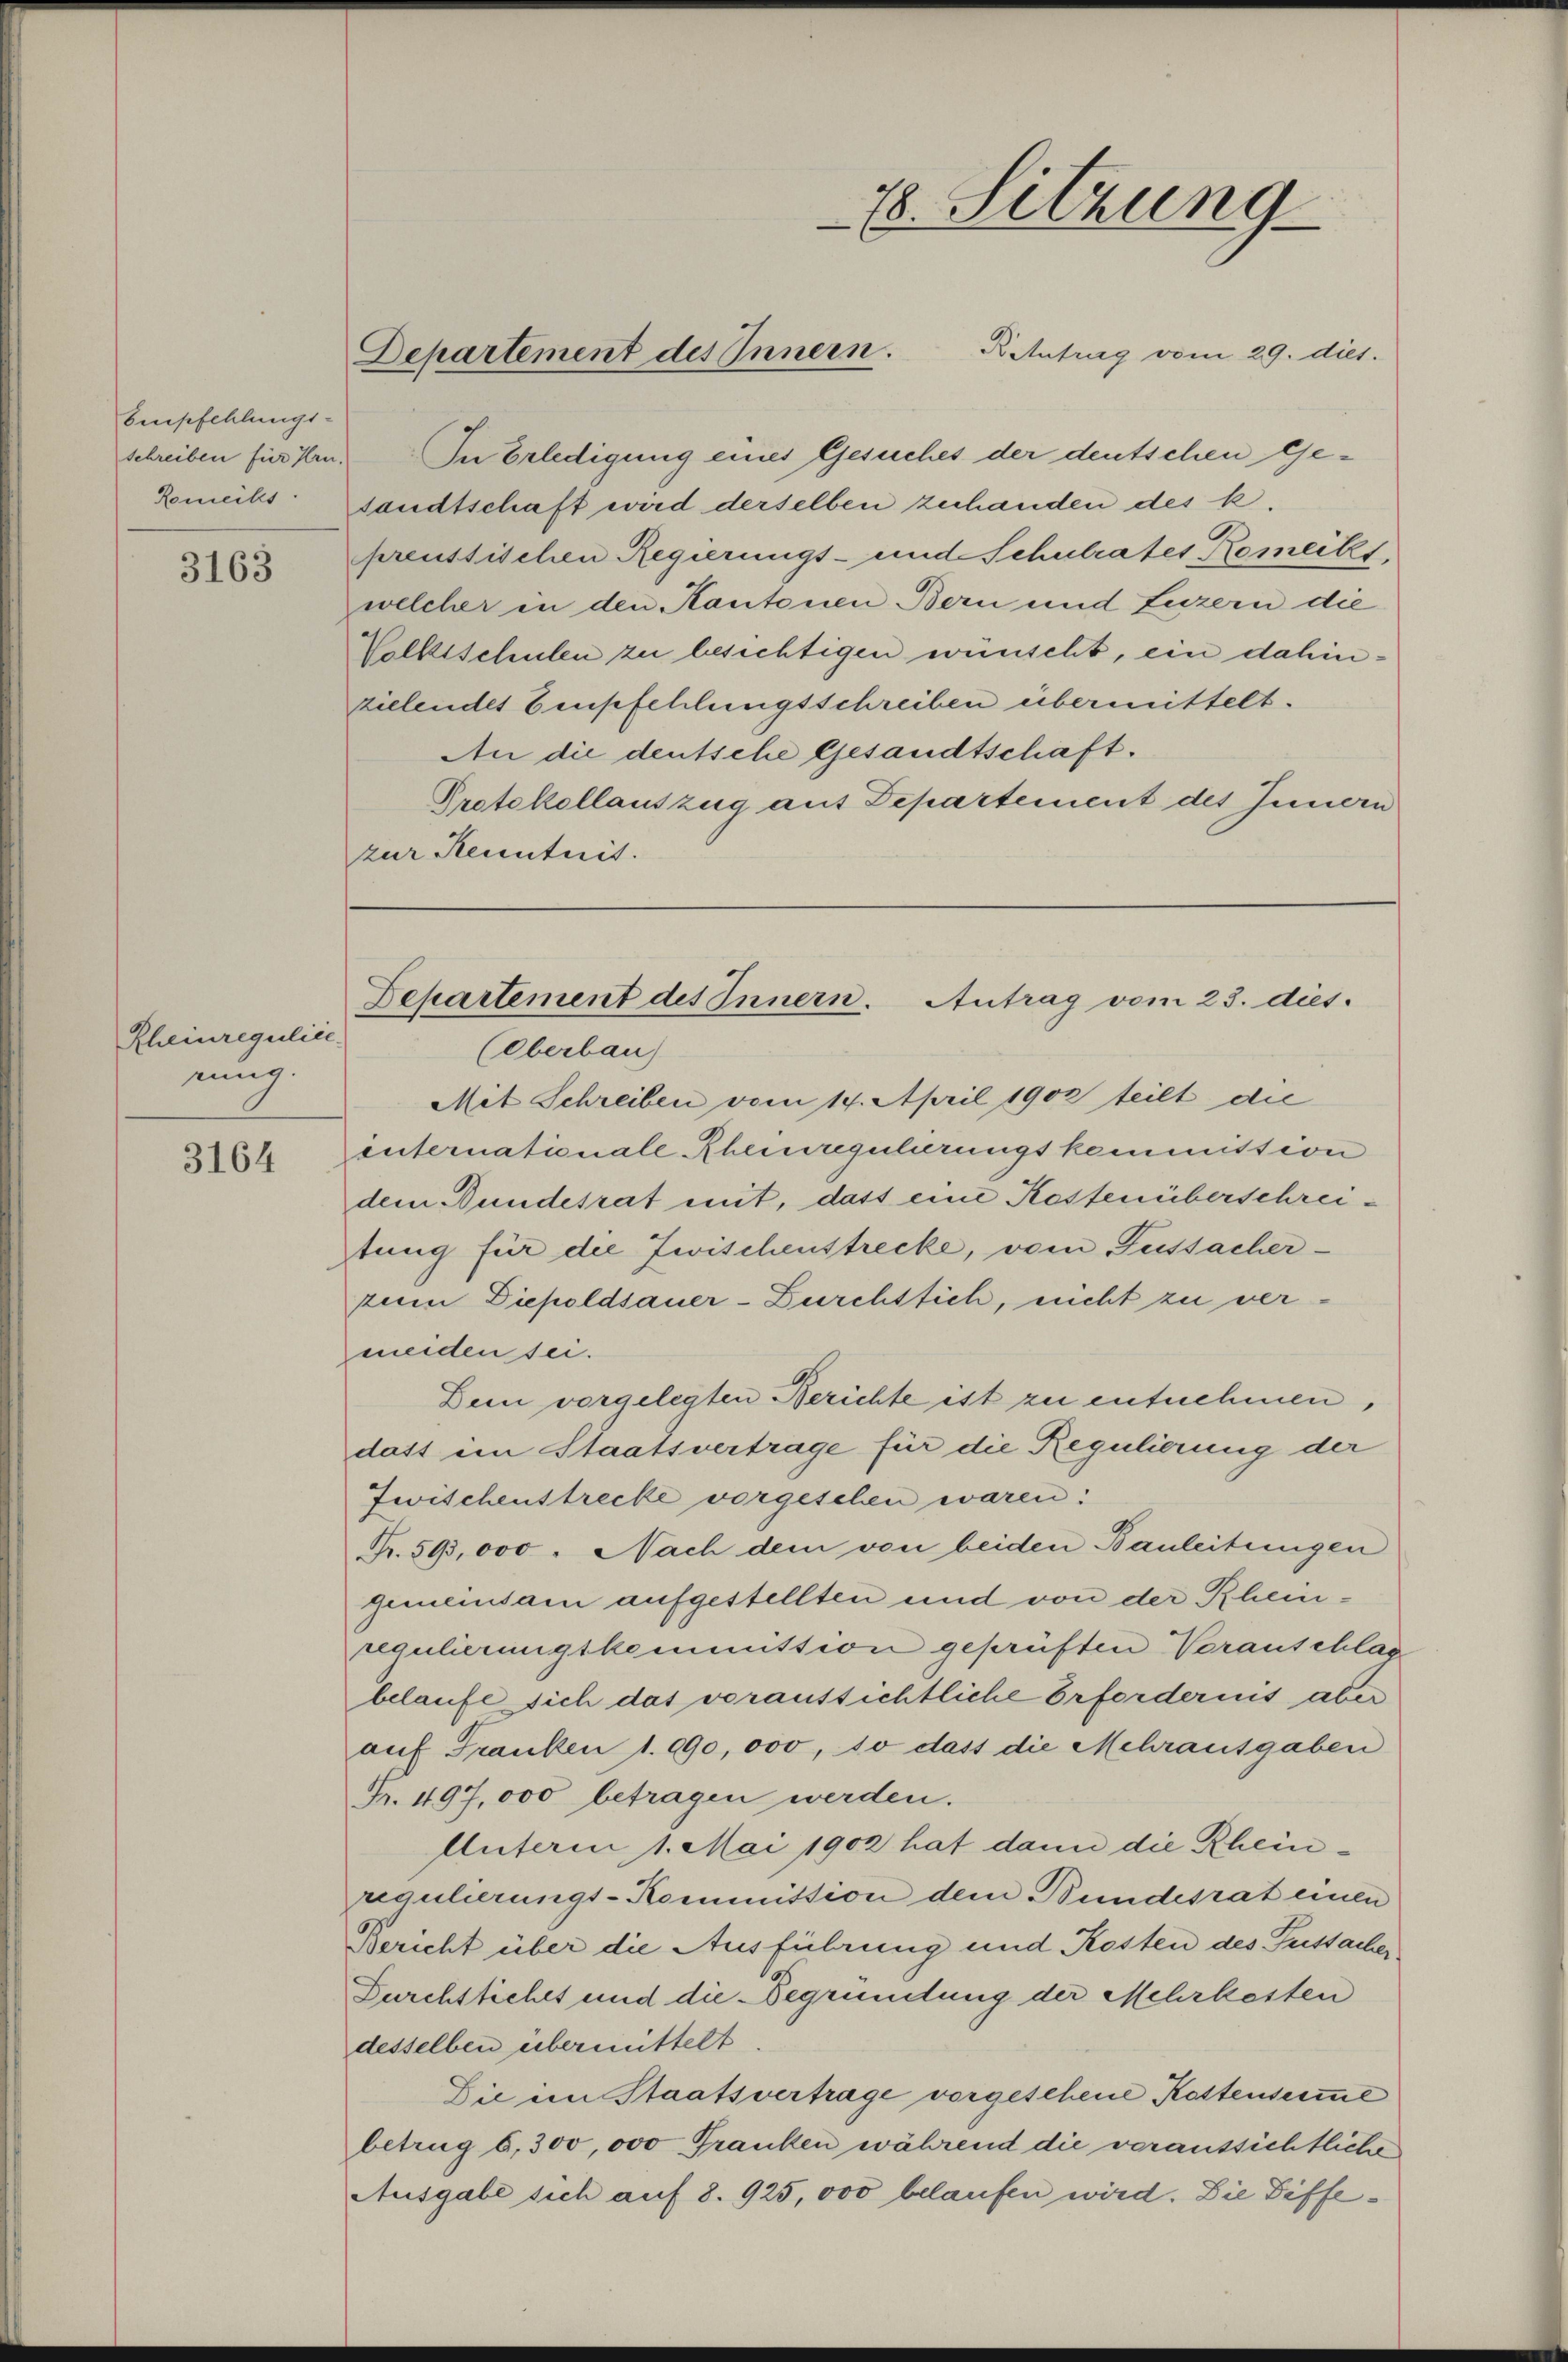
Empfehlungs-
Romeiks

3163

Rheinreguliie
rung.

3164

Rintrag vom 29. dies.
schreiben für Hrn. In Erledigung eines Gesuches der deutschen Gesandtschaft wird derselben zuhanden des k.
preussischen Regierungs- und Schulrates Komeckt,
welcher in den Kantonen Bern und Luzern die
Volksschulen zu besichtigen wünscht, ein dahinzielendes Empfehlungsschreiben übermittelt.
An die deutsche Gesandtschäft.
Protokollauszug aus Departement des Innern
zur Kenntnis.

Departement des Innern.

78. Sitzung

Departement des Innern. Antrag vom 23. dies.
(Oberbau

Mit Schreiben vom 14. April 1902 teilt die
internationale Rheinregulierungskommittion
dem Bundesrat mit, dass eine Kostenüberschreitung für die Zwischenstrecke, vom Fussacher-
zum Diepoldsauer-Bürchtlich, nicht zu vermeiden sei.
Dein vorgelegten Berichte ist zu entnehmen,
datt im Staatsvertrage für die Regulierung der
Zwischenstrecke vorgesehen waren:
Nr. 593,000. Nach dem von beiden Bauleitungen
gemeinsam aufgestellten und von der Rheinregulierungskommittion geprüften Voranschlag
belaufe sich das voraussichtliche Erfordernis aber
aŭf Franken 1. 990,000, so dass die Mehrausgaben
Fr. 497,000 betragen werden.
Unterm 1. Mai 1902 hat dann die Rheinregulierungs-Kommission dem Bundesrat einen
Bericht über die Ausführung und Kosten des Fussacher
Durchstiches und die Begründung der Mehrkosten
desselben übermittelt
Die im Staatsvertrage vorgesehene Kostenseine
betrug 6,300,000 Franken während die veraussichtliche
Ausgabe sich auf 8. 925,000 belaufen wird. Die Diffe¬